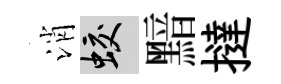
消蛟黯撻